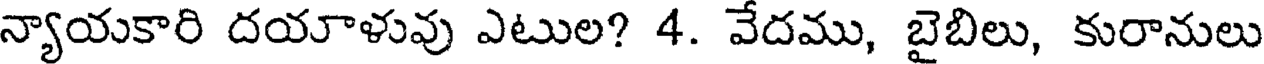
న్యాయకారి దయాళువు ఎటుల? 4. వేదము, బైబిలు, కురానులు